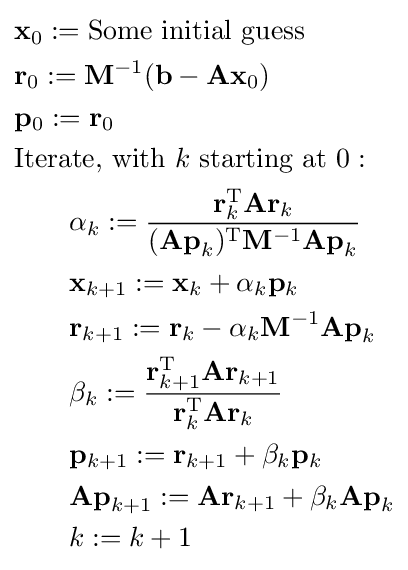
{\begin{aligned}&\mathbf {x} _{0}:={\text{Some initial guess}}\\&\mathbf {r} _{0}:=\mathbf {M} ^{-1}(\mathbf {b} -\mathbf {Ax} _{0})\\&\mathbf {p} _{0}:=\mathbf {r} _{0}\\&{\text{Iterate, with }}k{\text{ starting at }}0:\\&\qquad \alpha _{k}:={\frac {\mathbf {r} _{k}^{\mathrm {T} }\mathbf {A} \mathbf {r} _{k}}{(\mathbf {Ap} _{k})^{\mathrm {T} }\mathbf {M} ^{-1}\mathbf {Ap} _{k}}}\\&\qquad \mathbf {x} _{k+1}:=\mathbf {x} _{k}+\alpha _{k}\mathbf {p} _{k}\\&\qquad \mathbf {r} _{k+1}:=\mathbf {r} _{k}-\alpha _{k}\mathbf {M} ^{-1}\mathbf {Ap} _{k}\\&\qquad \beta _{k}:={\frac {\mathbf {r} _{k+1}^{\mathrm {T} }\mathbf {A} \mathbf {r} _{k+1}}{\mathbf {r} _{k}^{\mathrm {T} }\mathbf {A} \mathbf {r} _{k}}}\\&\qquad \mathbf {p} _{k+1}:=\mathbf {r} _{k+1}+\beta _{k}\mathbf {p} _{k}\\&\qquad \mathbf {Ap} _{k+1}:=\mathbf {A} \mathbf {r} _{k+1}+\beta _{k}\mathbf {Ap} _{k}\\&\qquad k:=k+1\\\end{aligned}}